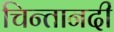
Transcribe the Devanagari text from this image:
चिन्तानदी